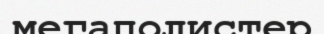
мегаполистер